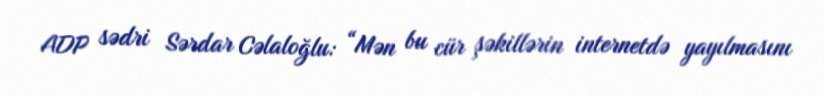
ADP sədri Sərdar Cəlaloğlu: “Mən bu cür şəkillərin internetdə yayılmasını